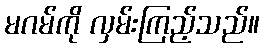
မဂမ်ကို လှမ်းကြည့်သည်။